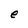
Character: e